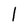
Character: l